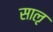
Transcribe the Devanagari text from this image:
साऌ